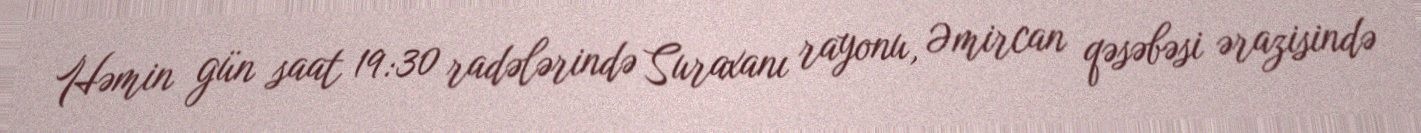
Həmin gün saat 19:30 radələrində Suraxanı rayonu, Əmircan qəsəbəsi ərazisində